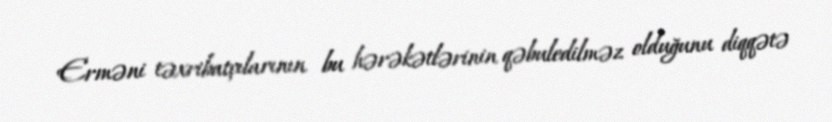
Erməni təxribatçılarının bu hərəkətlərinin qəbuledilməz olduğunu diqqətə